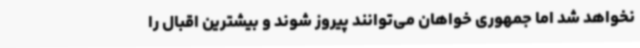
نخواهد شد اما جمهوری خواهان می‌توانند پیروز شوند و بیشترین اقبال را